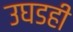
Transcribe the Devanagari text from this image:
उघडही